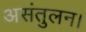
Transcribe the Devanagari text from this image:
असंतुलन।